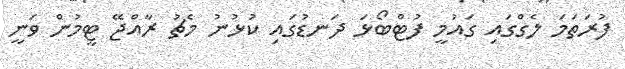
ފުރަތަމަ ލެގްގައި ގައުމީ ފުޓްބޯޅަ ދަނޑުގައި ކުޅުނު މެޗު ރާއްޖޭ ޓީމުން ވަނީ